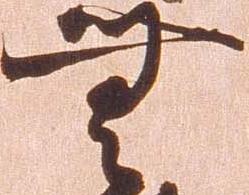
無